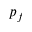
p _ { f }